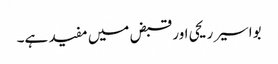
بواسیر ریحی اور قبض میں مفید ہے۔